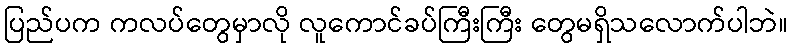
ပြည်ပက ကလပ်တွေမှာလို လူကောင်ခပ်ကြီးကြီး တွေမရှိသလောက်ပါဘဲ။